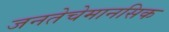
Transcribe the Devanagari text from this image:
जनतेचेमानसिक